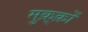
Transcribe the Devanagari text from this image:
मुक़्क़ों